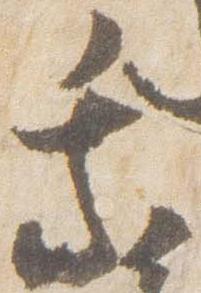
乗